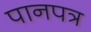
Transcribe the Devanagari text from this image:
पानपत्र